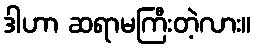
ဒါဟာ ဆရာမကြီးတဲ့လား။